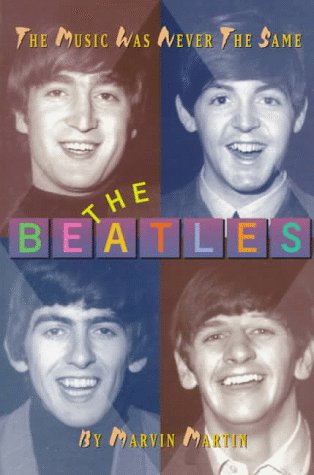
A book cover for The Beatles: Music Was Never the Same ((Impact Biographies Ser.)); Marvin Martin; Teen & Young Adult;